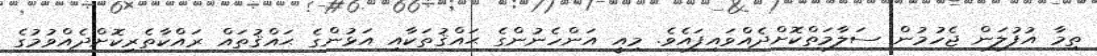
ތިމާ އުފުލަން ޖެހުމުން ސަލާމަތްކޮށްދެއްވައިފައެވެ. މިއީ އަންހެނުންގެ ޙައްޤުތަކާއި އަޅުންގެ ޙައްޤުތައް ރައްކާތެރިކޮށްދެއްވުމުގެ